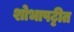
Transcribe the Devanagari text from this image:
शोभापट्टीत